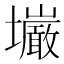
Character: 𫮿